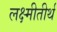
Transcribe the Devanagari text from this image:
लक्ष्मीतीर्थ